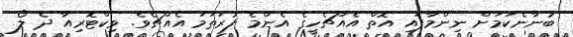
ބުނާނެކަމަށް ނިންމާފައި އޮތް އެއްޗެހީގެ އެންމެ ފުރަތަމަ އެއްޗެވެ. ވިކްޓޮރިއާ ދެ ލޯ